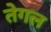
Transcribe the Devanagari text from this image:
तेगल